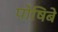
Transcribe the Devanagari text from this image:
पोषिबे